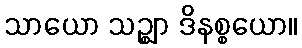
သာယော သဉ္ဈာ ဒိနစ္စယော။